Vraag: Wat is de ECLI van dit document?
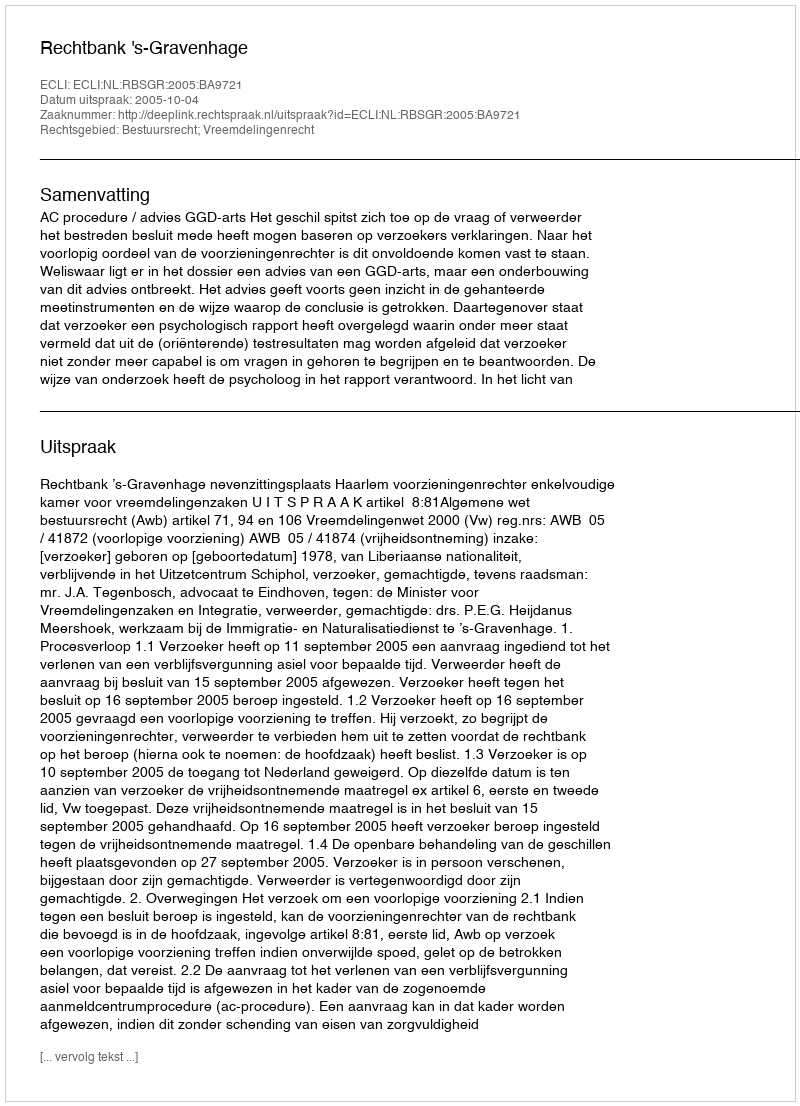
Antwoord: ECLI:NL:RBSGR:2005:BA9721